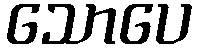
သောပေ